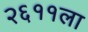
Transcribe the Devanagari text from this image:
२६११ला